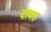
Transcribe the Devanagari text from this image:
दावह